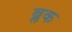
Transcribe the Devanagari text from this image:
ब्लक